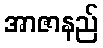
အာဇာနည်